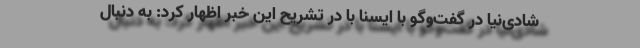
شادی‌نیا در گفت‌وگو با ایسنا با در تشریح این خبر اظهار کرد: به دنبال